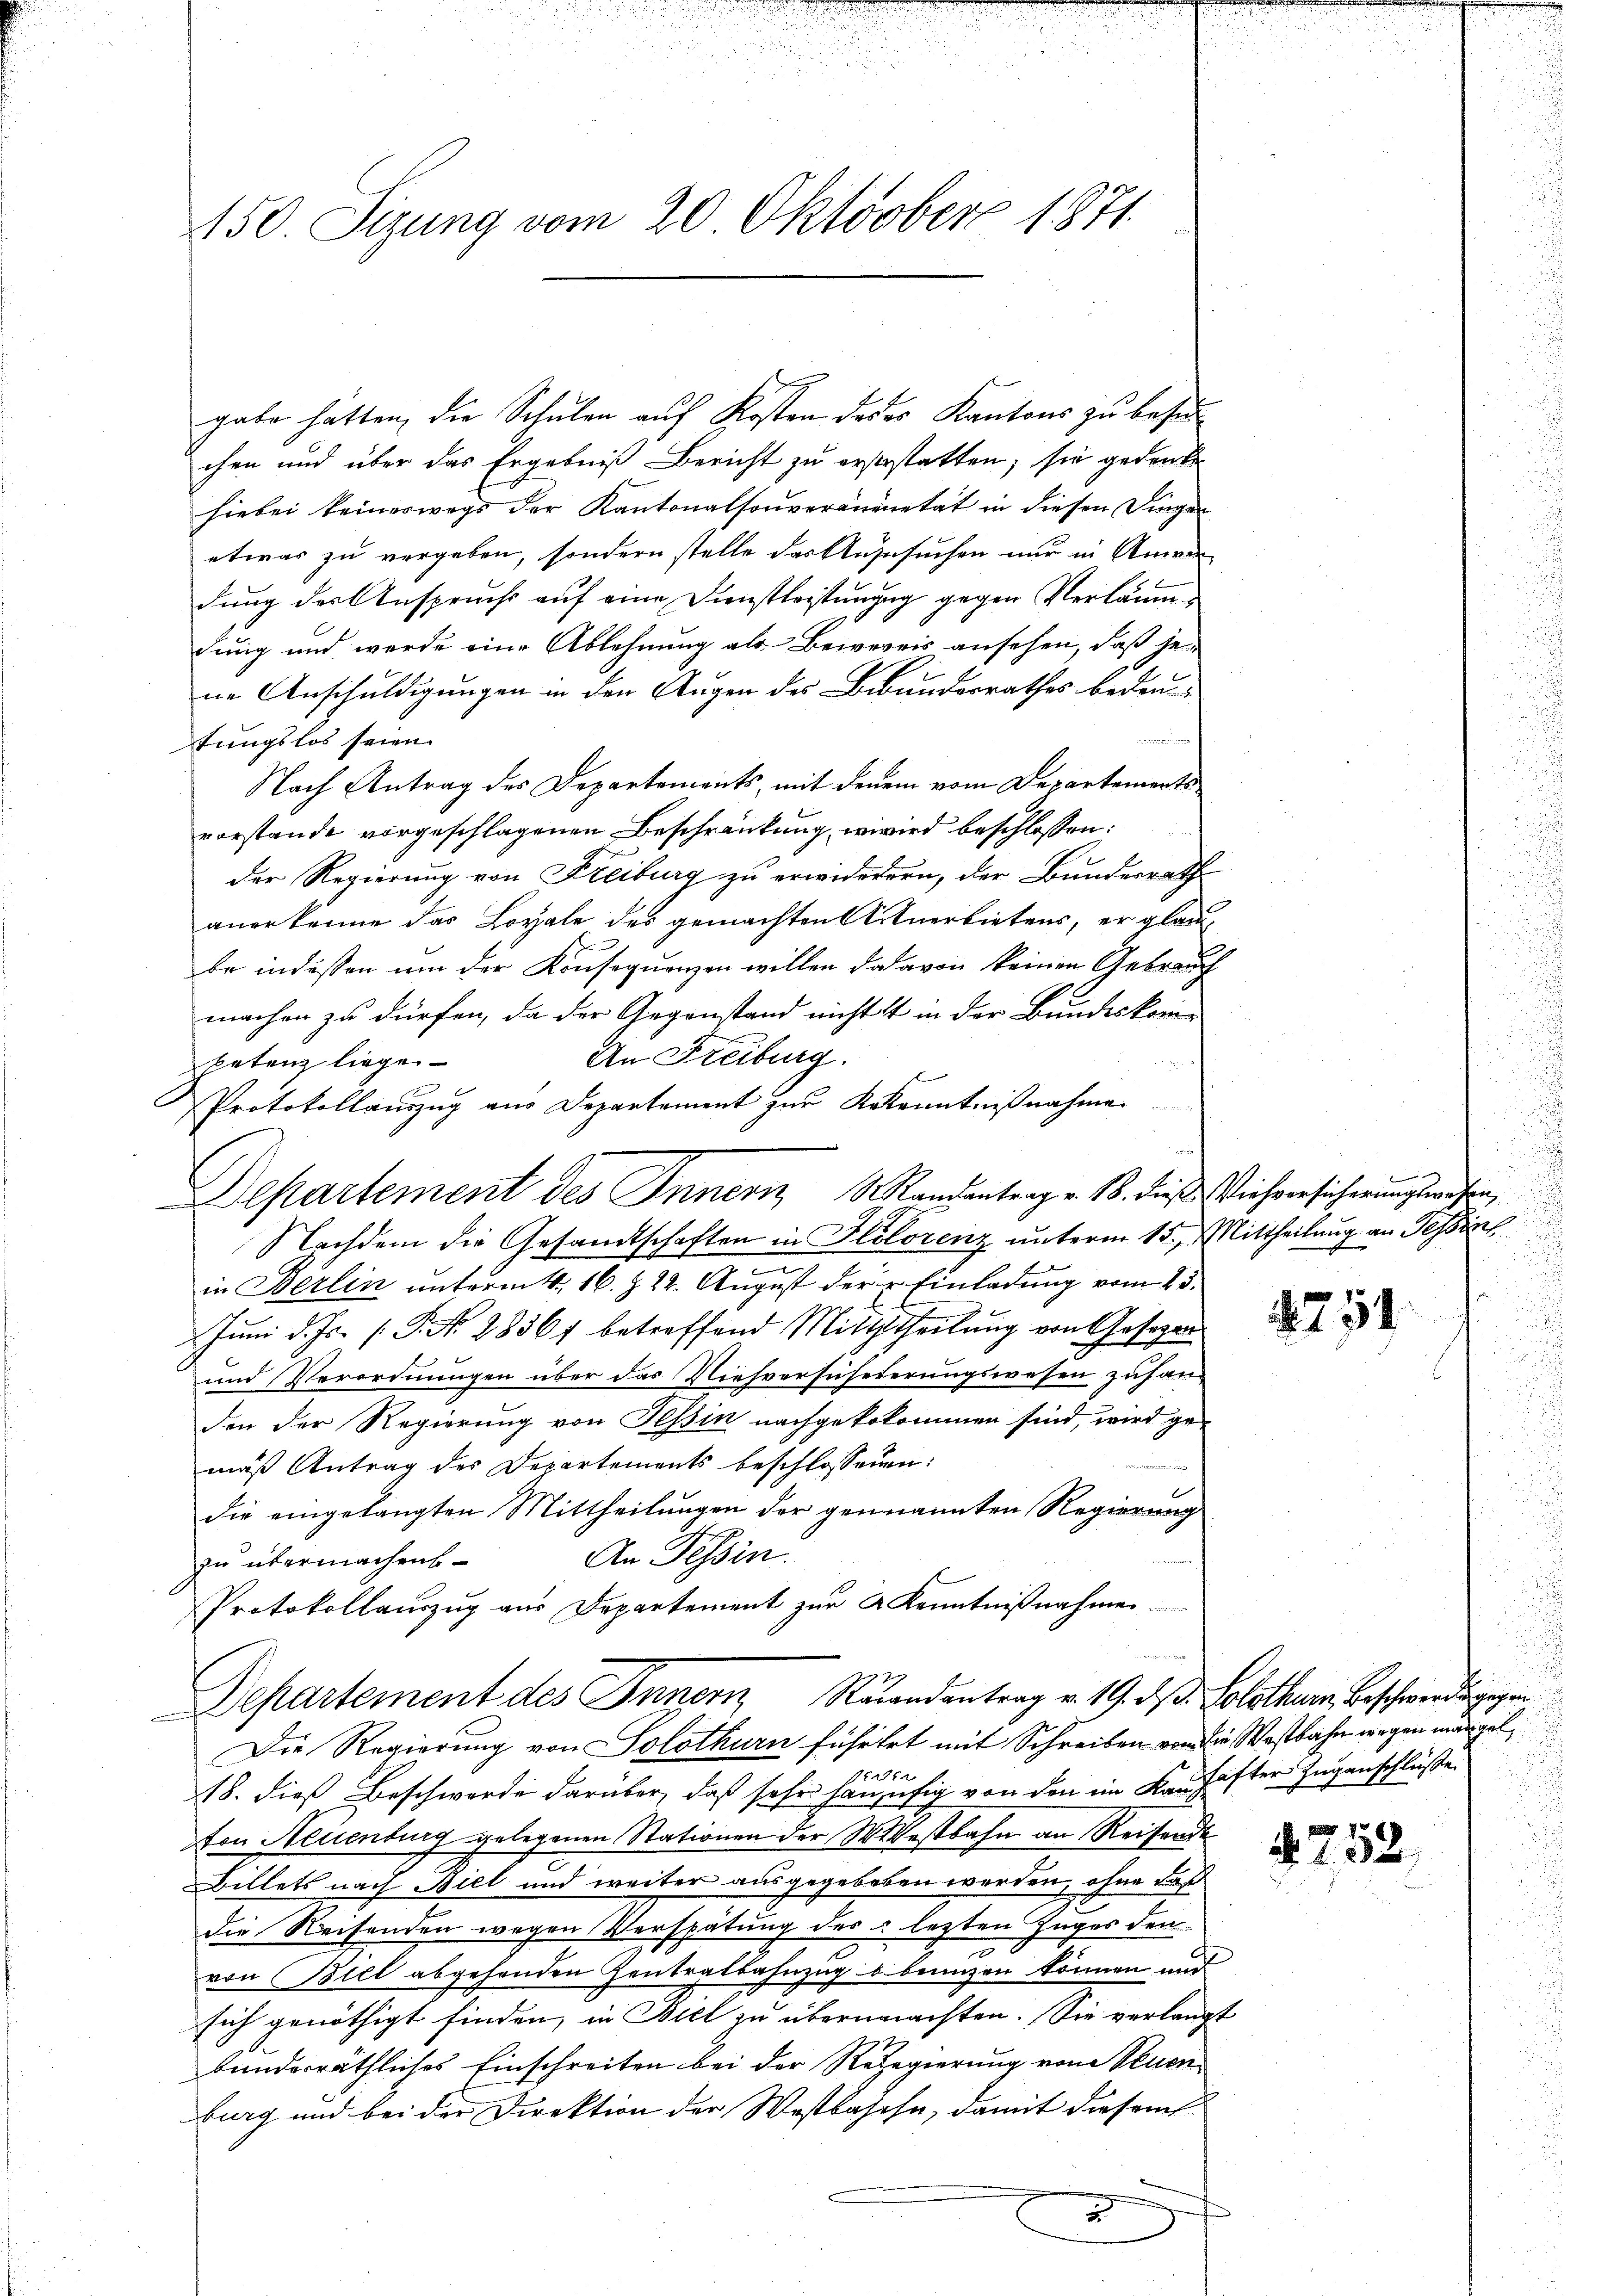
150. Sizung vom 20. Oktober 1871.

gabe hätten, die Schulen auf Kosten dedes Kantons zu behauchen und über das Ergebniß Bericht zu erstestatten, sie gedenke
hiebei keineswegs der Kantonalsouveranenetät in diesen Dingen
etwas zu vergeben, sondern stelle der Angesuchen nur in Anwendung der Anspruchs auf eine Dienstleistungg gegen Verläumdung und werde eine Ablehnung als Bewereis ansehen, daß je-
ne Anschuldigungen in den Augen des Bunderrathes bedeutungslos seien.
Nach Antrag des Departements, mit denem vom Departements
vorstande vorgeschlagenen Beschränkung, wird beschlossen:
der Regierung von Freiburg zu erwiderern, der Bunderrath
anerkenne das Loyale des gemachten Antnerbietens, er glaube indessen um der Konsequenzen willen da davon keinen Gebrauch
machen zu dürfen, da der Gegenstand nichtst in der Bundeskom¬
An Freiburg.
petenz liege.
Protokollauszug aus Departement zur Kekenntnißnahmen
Nachdem die Gesandtschaften in Holorenz unterm 15. Mittheilung an Tessin
.
in Berlin unterm 4. 16. § 22. August der Einladung vom 23.
Juni d. Js. P. No. 28567 betreffend Mitththeilung von Gesezen
und Verordnungen über das Viehversuhederungswesen zuhanden der Regierung von Tessin nachgekokommen sind, wird ge-
mäß Antrag des Departements beschlossenen:
die eingelangten Mittheilungen der genannten Regierung
An Tessin.
zu übermachens
Protokollaŭszŭg aŭs Departement zŭr A. Kenntniβnahmen.

Departement des Innern Randantrag v. 19. ds. Solothum Beschwerdeggen
Die Regierung von Solothurn führtet mit Schreiben von die Westbahn wegen mangel
att
18. dieß Beschwerde darüber, daß sehr häufig von den im Kanhafter Zugenschlüße
ton Neuenburg gelegenen Stationen der Westbahn an Reisende
Billets nach Biel und weiter ausgegebeben werden, ohne daß
die Reisenden wegen Verspätung des lezten Zuges den
n
von Biel abgehenden Zentralbahnzug u. bringen können und
sich genöthigt finden, in Biel zu übernachten. Sie verlangt
bundesräthliches Einschreiten bei der Regierung von Neuenburg und bei der Direktion der Westbasche, damit diesem |
.

Departement des Innern Mandantrag v. 18. dieß Viehversicherungswesen,

e

2754.

§ 752.